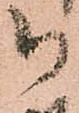
被